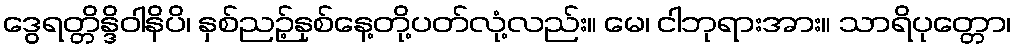
ဒွေရတ္တိန္ဒိဝါနိပိ၊ နှစ်ညဉ့်နှစ်နေ့တို့ပတ်လုံ့လည်း။ မေ၊ ငါဘုရားအား။ သာရိပုတ္တော၊